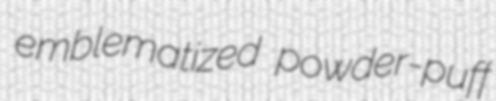
emblematized powder-puff